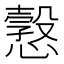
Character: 𢢿